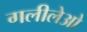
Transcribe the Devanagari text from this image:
गलीलेओ